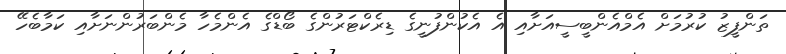
ތަންފީޒު ކުރުމަށް އެމްއެންބީސީއަށާއި އެ އެކުންފުނީގެ ޑިރެކްޓަރުންގެ ބޯޑްގެ އެންމެހާ މެންބަރުންނަށާއި ކަމާބެހޭ